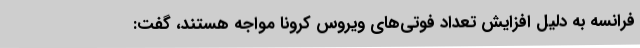
فرانسه به دلیل افزایش تعداد فوتی‌های ویروس کرونا مواجه هستند، گفت: